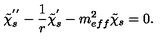
\tilde { \chi } _ { s } ^ { ' ^ { \prime } } - \frac { 1 } { r } \tilde { \chi } _ { s } ^ { ' } - m _ { e f f } ^ { 2 } \tilde { \chi } _ { s } = 0 .